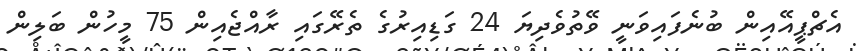
އެޗްޕީއޭއިން ބުނެފައިވަނީ ވޭތުވެދިޔަ 24 ގަޑިއިރުގެ ތެރޭގައި ރާއްޖެއިން 75 މީހުން ބަލިން